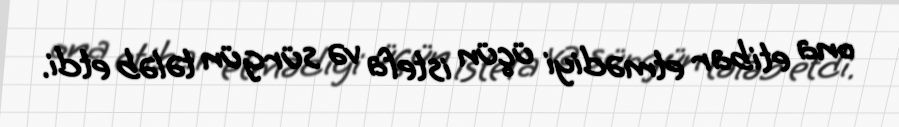
ona etibar etmədiyi üçün istefa və sürgün tələb etdi.